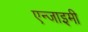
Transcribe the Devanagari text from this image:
एन्जाइमी